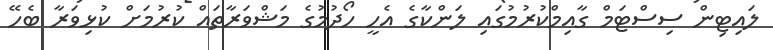
ލައިޓިން ސިސްޓަމް ގާއިމްކުރުމުގައި ލަންކާގެ އެހީ ހޯދުމުގެ މަޝްވަރާތައް ކުރުމަށް ކުޅިވަރާ ބެހޭ